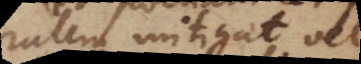
temporalem mitigat vel